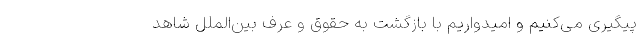
پیگیری می‌کنیم و امیدواریم با بازگشت به حقوق و عرف بین‌الملل شاهد